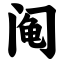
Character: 阄